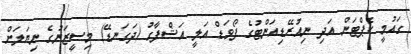
ގައުމީ ކެޕްޓަން އަދި ނިއުރޭޑިއަންޓުގެ ފޯވަޑް އަލީ އަޝްފާގު (ދަގަނޑޭ) މިސީޒަނުގެ ނިޔަލަށް